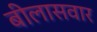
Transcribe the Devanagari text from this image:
बीलासवार